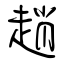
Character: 趙